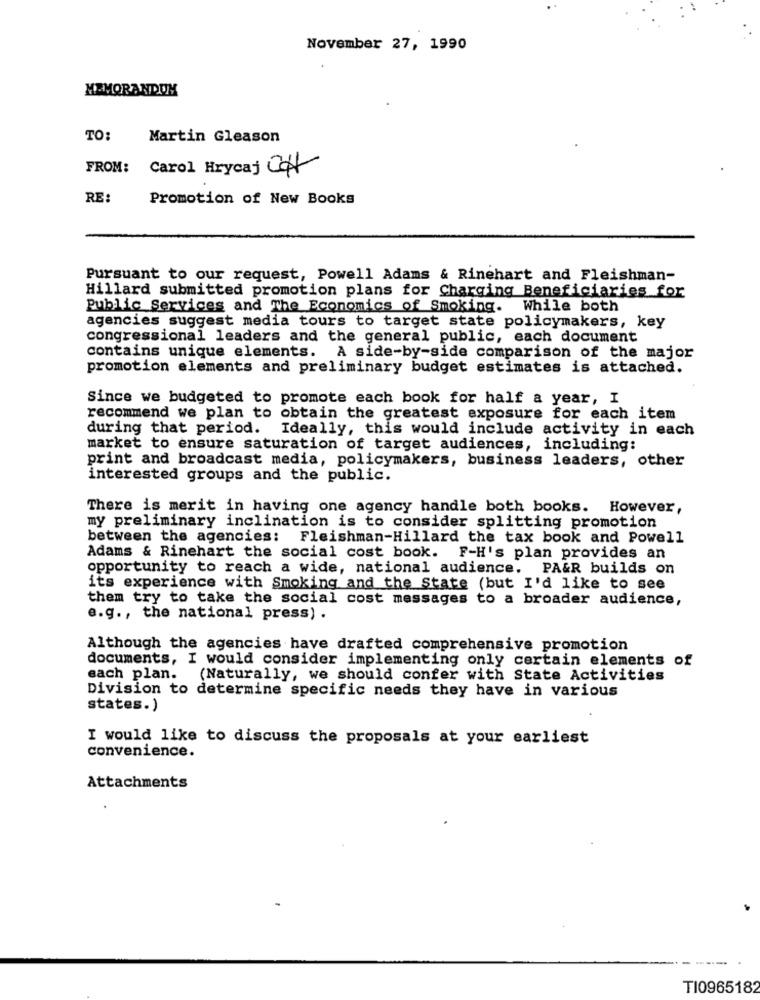
November 27, 1990
MEMORANDUM
TO:
Martin Gleason
FROM:
Carol Hrycaj CHY
RE:
Promotion of New Books
Pursuant to our request, Powell Adams & Rinehart and Fleishman-
Hillard submitted promotion plans for Charging Beneficiaries for
Public Services and The Economics of Smoking.
While both
agencies suggest media tours to target state policymakers, key
congressional leaders and the general public, each document
contains unique elements. A side-by-side comparison of the major
promotion elements and preliminary budget estimates is attached.
Since we budgeted to promote each book for half a year, I
recommend we plan to obtain the greatest exposure for each item
during that period.
Ideally, this would include activity in each
market to ensure saturation of target audiences, including:
print and broadcast media, policymakers, business leaders, other
interested groups and the public.
There is merit in having one agency handle both books. However,
my preliminary inclination is to consider splitting promotion
between the agencies;
Fleishman-Hillard the tax book and Powell
Adams & Rinehart the social cost book. F-H's plan provides an
opportunity to reach a wide, national audience. PA&R builds on
its experience with Smoking and the State (but I'd like to see
them try to take the social cost messages to a broader audience,
e.g ., the national press) .
Although the agencies have drafted comprehensive promotion
documents, I would consider implementing only certain elements of
each plan.
(Naturally, we should confer with State Activities
Division to determine specific needs they have in various
states.)
I would like to discuss the proposals at your earliest
convenience.
Attachments
TI0965182